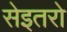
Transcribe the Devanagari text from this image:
सेइतरो